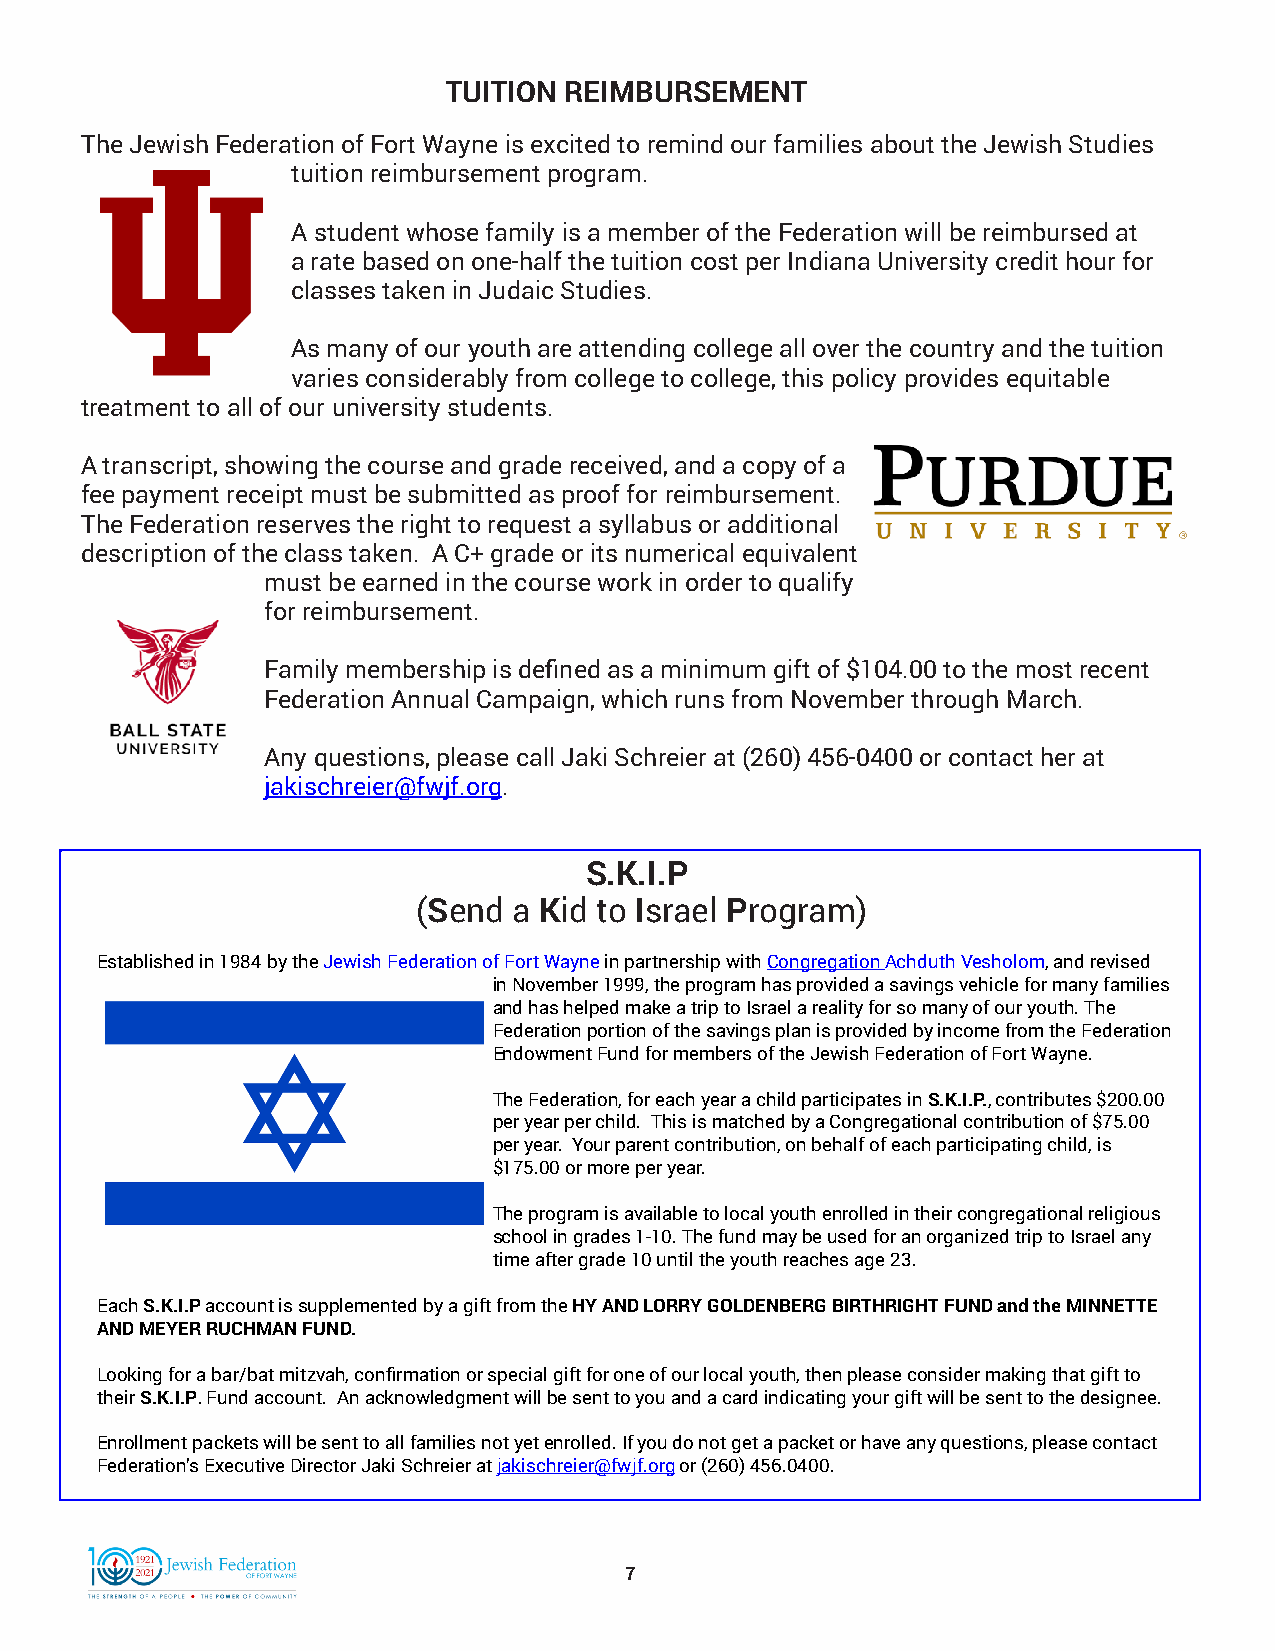
TUITION REIMBURSEMENT
 The Jewish Federation of Fort Wayne is excited to remind our families about the Jewish Studies
 tuition reimbursement program.
 A student whose family is a member of the Federation will be reimbursed at
 a rate based on one-half the tuition cost per Indiana University credit hour for
 classes taken in Judaic Studies.
 As many of our youth are attending college all over the country and the tuition
 varies considerably from college to college, this policy provides equitable
 treatment to all of our university students.
 A transcript, showing the course and grade received, and a copy of a
 fee payment receipt must be submitted as proof for reimbursement.
 The Federation reserves the right to request a syllabus or additional
 description of the class taken. A C+ grade or its numerical equivalent
 must be earned in the course work in order to qualify
 for reimbursement.
 Family membership is defined as a minimum gift of $104.00 to the most recent
 Federation Annual Campaign, which runs from November through March.
 Any questions, please call Jaki Schreier at (260) 456-0400 or contact her at
 jakischreier@fwjf.org.
 S.K.I.P
 (Send a Kid to Israel Program)
 Established in 1984 by the Jewish Federation of Fort Wayne in partnership with Congregation Achduth Vesholom, and revised
 in November 1999, the program has provided a savings vehicle for many families
 and has helped make a trip to Israel a reality for so many of our youth. The
 Federation portion of the savings plan is provided by income from the Federation
 Endowment Fund for members of the Jewish Federation of Fort Wayne.
 The Federation, for each year a child participates in S.K.I.P., contributes $200.00
 per year per child. This is matched by a Congregational contribution of $75.00
 per year. Your parent contribution, on behalf of each participating child, is
 $175.00 or more per year.
 The program is available to local youth enrolled in their congregational religious
 school in grades 1-10. The fund may be used for an organized trip to Israel any
 time after grade 10 until the youth reaches age 23.
 Each S.K.I.P account is supplemented by a gift from the HY AND LORRY GOLDENBERG BIRTHRIGHT FUND and the MINNETTE
 AND MEYER RUCHMAN FUND.
 Looking for a bar/bat mitzvah, confirmation or special gift for one of our local youth, then please consider making that gift to
 their S.K.I.P. Fund account. An acknowledgment will be sent to you and a card indicating your gift will be sent to the designee.
 Enrollment packets will be sent to all families not yet enrolled. If you do not get a packet or have any questions, please contact
 Federation’s Executive Director Jaki Schreier at jakischreier@fwjf.org or (260) 456.0400.
 7